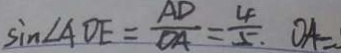
\sin \angle A D E = \frac { A D } { O A } = \frac { 4 } { 5 } . O A =